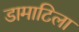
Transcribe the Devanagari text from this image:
डामाटिला